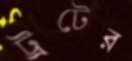
ট্রটের